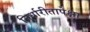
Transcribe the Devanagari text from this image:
निर्धारीतापेक्षा